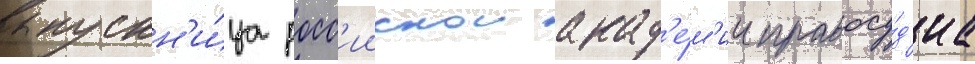
выпускн'и́ца росс'иискои акад'е́м'ии правосу́д'иа